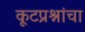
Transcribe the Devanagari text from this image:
कूटप्रश्नांचा